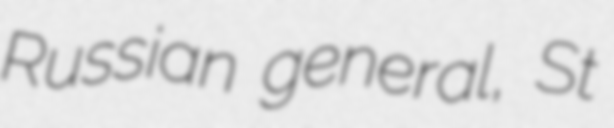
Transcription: Russian general, St